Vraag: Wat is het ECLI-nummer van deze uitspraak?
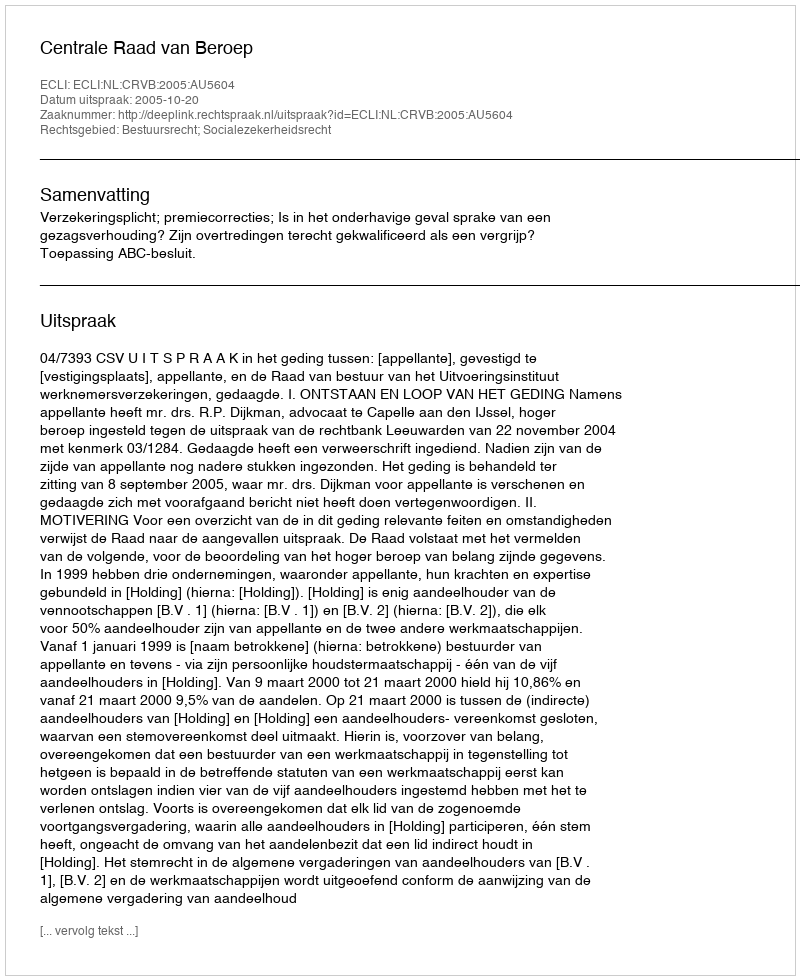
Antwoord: ECLI:NL:CRVB:2005:AU5604